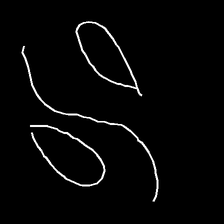
Glyph: water